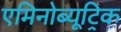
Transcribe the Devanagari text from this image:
एमिनोब्यूट्रिक